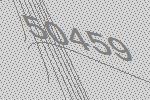
50459